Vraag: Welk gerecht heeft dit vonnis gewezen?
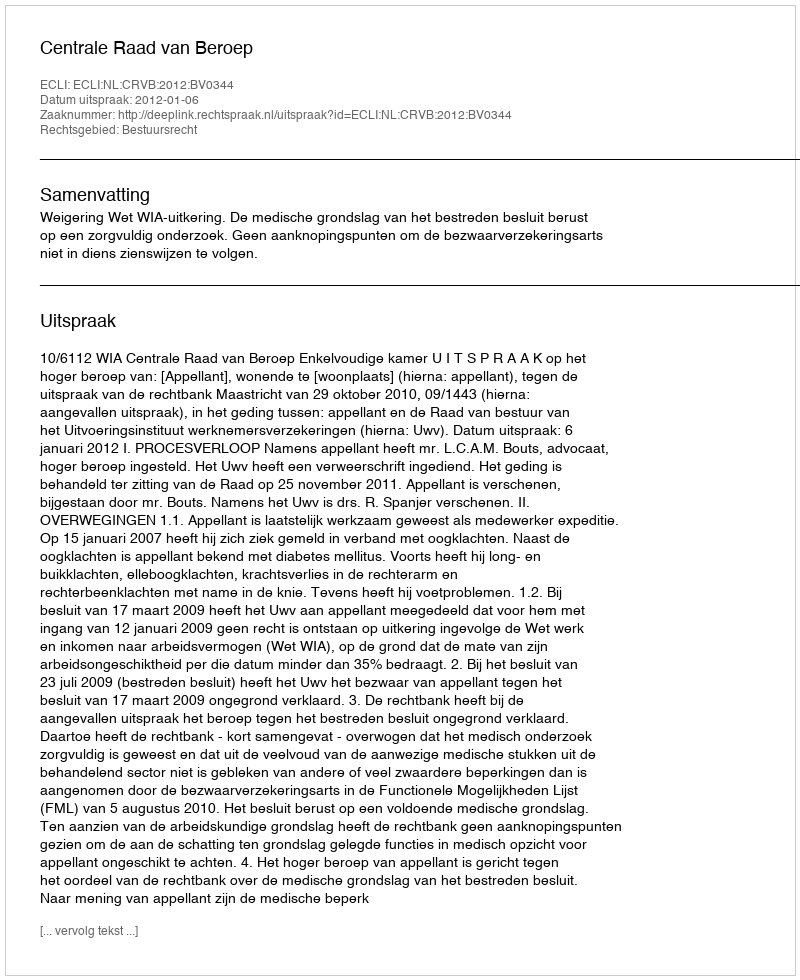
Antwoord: Centrale Raad van Beroep